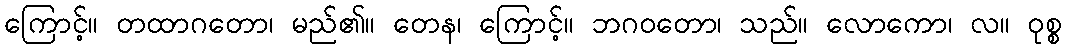
ကြောင့်။ တထာဂတော၊ မည်၏။ တေန၊ ကြောင့်။ ဘဂဝတော၊ သည်။ လောကော၊ လ။ ဝုစ္စ